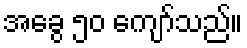
အခွေ ၅၀ ကျော်သည်။